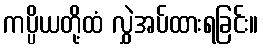
ကပ္ပိယတို့ထံ လွှဲအပ်ထားရခြင်း။